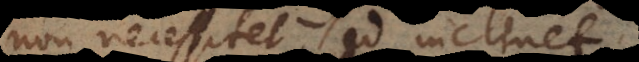
non necessitet, sed inclinet.